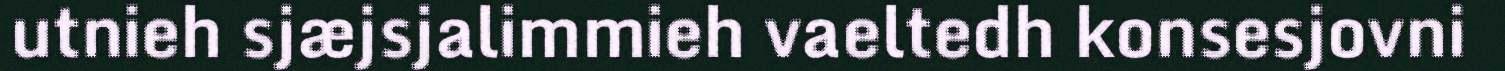
utnieh sjæjsjalimmieh vaeltedh konsesjovni